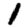
Digit: 1